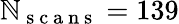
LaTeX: \mathbb{N}_{\mathrm{{~s~c~a~n~s~}}}=139